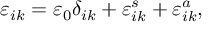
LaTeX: \varepsilon _ { i k } = \varepsilon _ { 0 } \delta _ { i k } + \varepsilon _ { i k } ^ { s } + \varepsilon _ { i k } ^ { a } ,